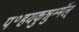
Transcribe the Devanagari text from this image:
प॰हयकुन्नुम्मॅल्